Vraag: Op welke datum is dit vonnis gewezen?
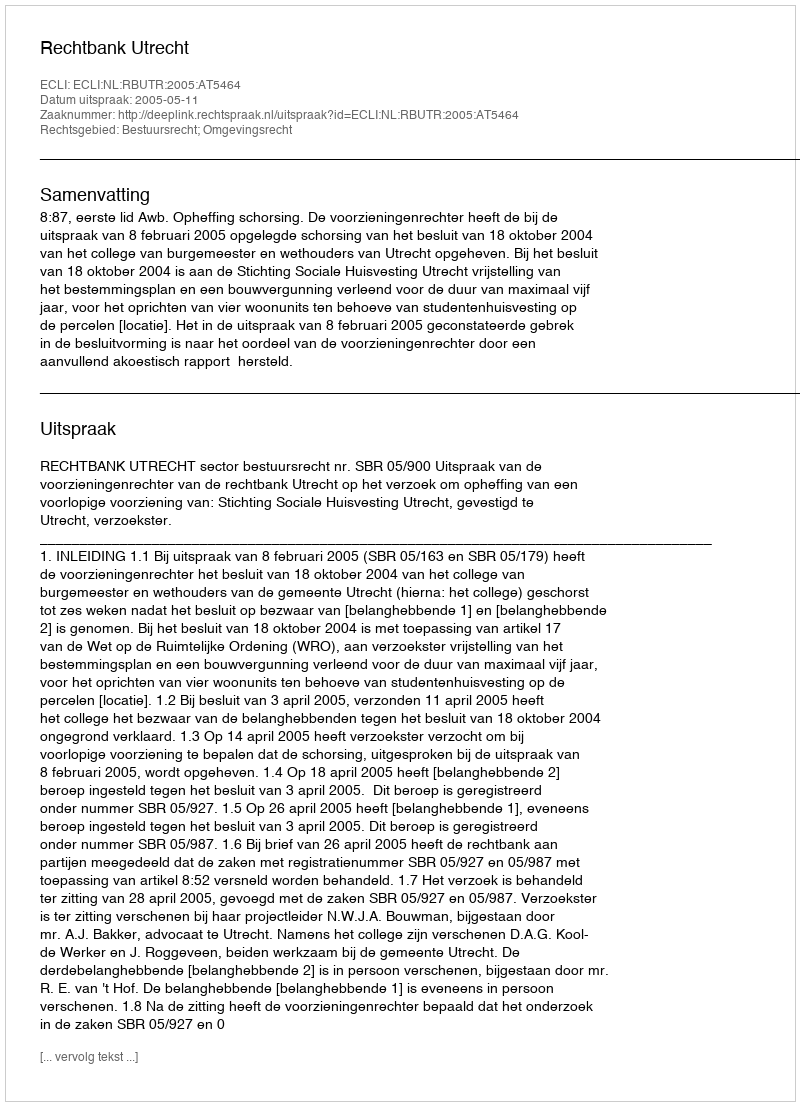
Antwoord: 2005-05-11